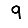
Digit: 9